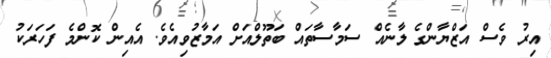
އިރު ވެސް އަޒްޔާންގެ ލާނެއް ސަމާސާތައް ބަތޫލްއަށް އަމާޒުވިއެވެ. އެއިން ކޮންމެ ފަހަރަކު